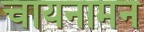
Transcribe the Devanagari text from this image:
चायनामन